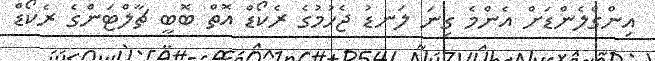
އިންގްލެންޑަށް އެންމެ ގިނަ ލަނޑު ޖެހުމުގެ ރެކޯޑް އޮތް ބޮބީ ޗާލްޓަންގެ ރެކޯޑް